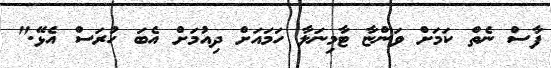
ފާސް ނެތް ކަމަށް ވަންޏާ ޓާމިނަލާ ހަމައަށް ދިއުމަށް އެބަ ހުރަސް އެޅޭ."